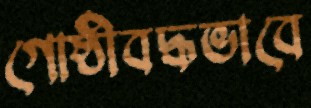
গোষ্ঠীবদ্ধভাবে